Report of an investigation into the causes of the diseases known in Assam as Kála-Azár and Beri-Beri
Disease focus: Beri-Beri
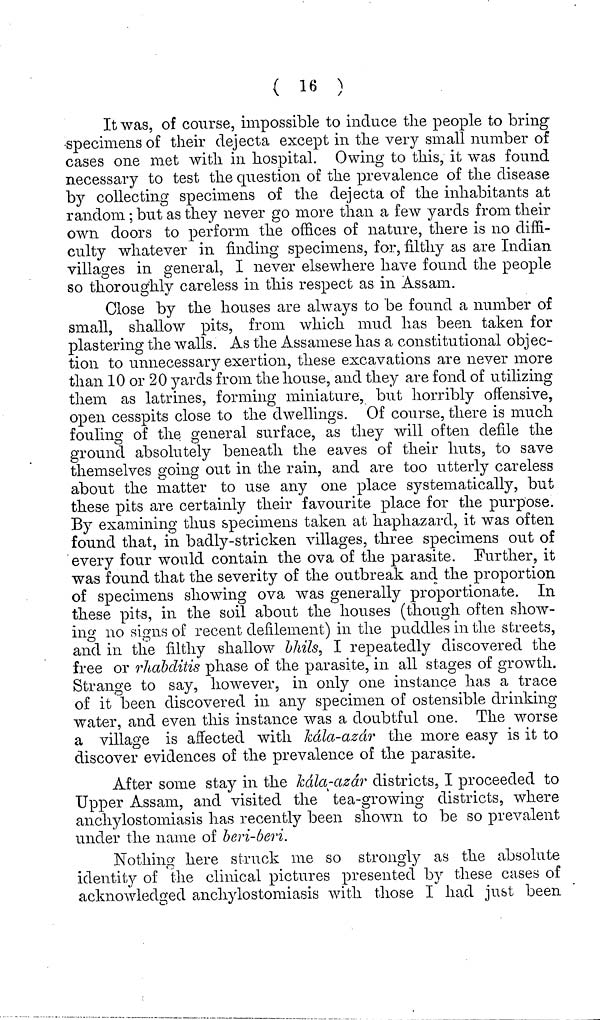
( 16 )
It was, of course, impossible to induce the people to bring
specimens of their dejecta except in the very small number of
cases one met with in hospital. Owing to this, it was found
necessary to test the question of the prevalence of the disease
by collecting specimens of the dejecta of the inhabitants at
random ; but as they never go more than a few yards from their
own doors to perform the offices of nature, there is no diffi-
culty whatever in finding specimens, for, filthy as are Indian
villages in general, I never elsewhere have found the people
so thoroughly careless in this respect as in Assam.
Close by the houses are always to be found a number of
small, shallow pits, from which mud has been taken for
plastering the walls. As the Assamese has a constitutional objec-
tion to unnecessary exertion, these excavations are never more
than 10 or 20 yards from the house, and they are fond of utilizing
them as latrines, forming miniature, but horribly offensive,
open cesspits close to the dwellings. Of course, there is much
fouling of the general surface, as they will often defile the
ground absolutely beneath the eaves of their huts, to save
themselves going out in the rain, and are too utterly careless
about the matter to use any one place systematically, but
these pits are certainly their favourite place for the purpose.
By examining thus specimens taken at haphazard, it was often
found that, in badly-stricken villages, three specimens out of
every four would contain the ova of the parasite. Further, it
was found that the severity of the outbreak and the proportion
of specimens showing ova was generally proportionate. In
these pits, in the soil about the houses (though often show-
ing no signs of recent defilement) in the puddles in the streets,
and in the filthy shallow bhils, I repeatedly discovered the
free or rhabditis phase of the parasite, in all stages of growth.
Strange to say, however, in only one instance has a trace
of it been discovered in any specimen of ostensible drinking
water, and even this instance was a doubtful one. The worse
a village is affected with kála-azár the more easy is it to
discover evidences of the prevalence of the parasite.
After some stay in the kala-azar districts, I proceeded to
Upper Assam, and visited the tea-growing districts, where
anchylostomiasis has recently been shown to be so prevalent
under the name of beri-beri.
Nothing here struck me so strongly as the absolute
identity of the clinical pictures presented by these cases of
acknowledged anchylostomiasis with those I had just been